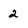
Character: 2